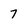
Character: 7